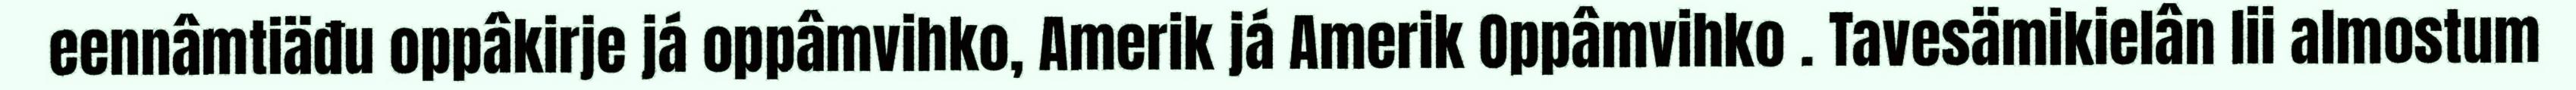
eennâmtiäđu oppâkirje já oppâmvihko, Amerik já Amerik Oppâmvihko . Tavesämikielân lii almostum